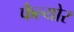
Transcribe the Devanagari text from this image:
फैल्योर